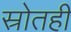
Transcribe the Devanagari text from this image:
स्रोतही